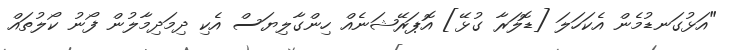
"އަޅުގަނޑުމެން އެކަހަލަ [ޑޮލަރާ ގުޅޭ] އޮޕަރޭޝަނެއް ހިންގާލިޔަސް އެކި ދިމަދިމާލުން ފޯނު ކޯލުތައް